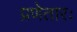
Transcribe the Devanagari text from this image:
प्रणेतारः